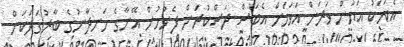
އެކަމަކު އަޔާން ވަރަށް އަވަހަށް އެބަސް ދަސްކުރަން ފެށުމުން އޭނާގެ ހަނދާނުގެ ބާރުގަދަކަން